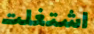
اشتغلت